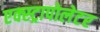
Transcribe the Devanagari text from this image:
एक्स्ट्रापोलेटर